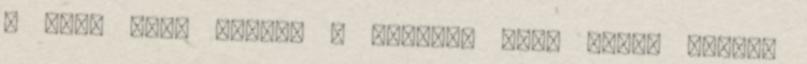
– vagy akár modern - „férfi“ vagy „női“ szerep